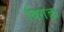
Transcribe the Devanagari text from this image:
विगड़ा